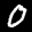
Label: 0